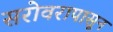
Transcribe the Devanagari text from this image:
सरोवरापासून